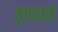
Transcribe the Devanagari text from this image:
तृणवर्त